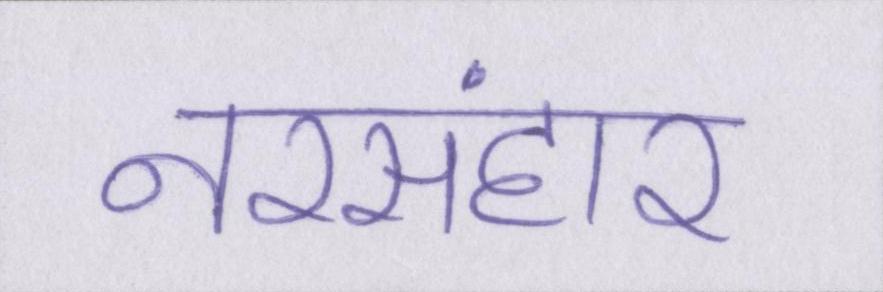
नरसंहार